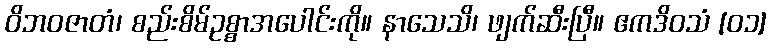
ဝိဘဝဇာတံ၊ စည်းစိမ်ဥစ္စာအပေါင်းကို။ နာသေသိ၊ ဖျက်ဆီးပြီ။ ဧကဒိဝသံ [၀၁]